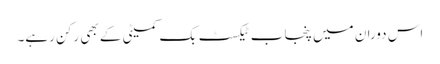
اس دوران میں پنجاب ٹیکسٹ بک کمیٹی کے بھی رکن رہے۔